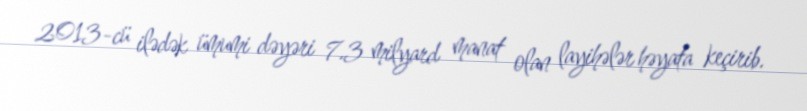
2013-cü ilədək ümumi dəyəri 7.3 milyard manat olan layihələr həyata keçirib.